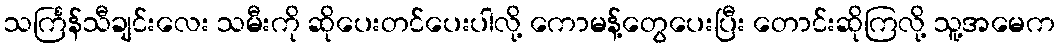
သင်္ကြန်သီချင်းလေး သမီးကို ဆိုပေးတင်ပေးပါလို့ ကောမန့်တွေပေးပြီး တောင်းဆိုကြလို့ သူ့အမေက